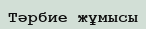
Тәрбие жұмысы